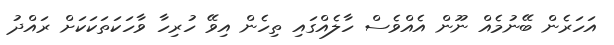
އަހަރެން ބޭނުމެއް ނޫން އެއްވެސް ހާލެއްގައި ތިހެން އިވޭ ހުރިހާ ވާހަކަތަކަކަށް ރައްދު